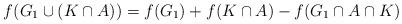
LaTeX: \begin{align*}f(G_1\cup (K\cap A)) = f(G_1) +f(K\cap A)-f(G_1\cap A\cap K)\end{align*}